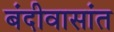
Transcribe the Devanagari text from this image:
बंदीवासांत